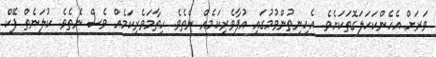
ވަރަށް އެހެންކަހަލަގޮތަކަށެވެ. އެހިނިތުންވުމުގައި އުފާވެރިކަމެއް ނެތެވެ. ހިތާމަވެރިކަމެއް ވެސް ނެތެވެ. ކުލަނެތް ފޭކް